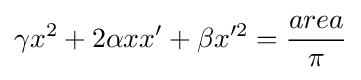
\gamma x^{2}+2\alpha xx'+\beta x'^{2}={\frac {area}{\pi }}